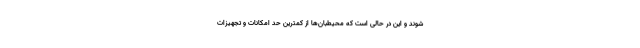
شوند و این در حالی است که محیطبان‌ها از کمترین حد امکانات و تجهیزات